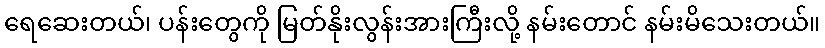
ရေဆေးတယ်၊ ပန်းတွေကို မြတ်နိုးလွန်းအားကြီးလို့ နမ်းတောင် နမ်းမိသေးတယ်။